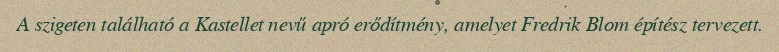
A szigeten található a Kastellet nevű apró erődítmény, amelyet Fredrik Blom építész tervezett.